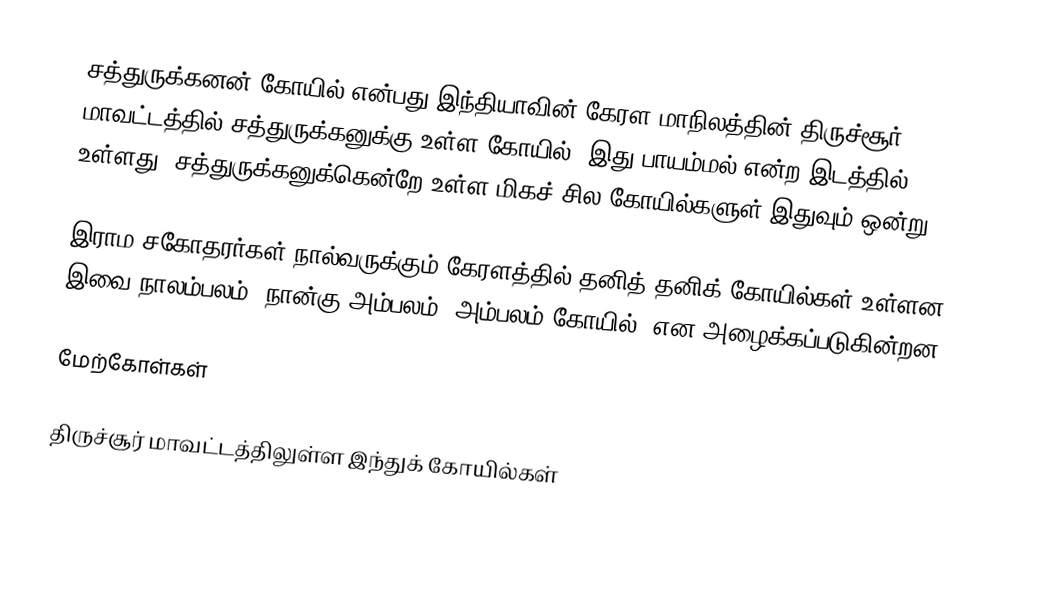
சத்துருக்கனன் கோயில் என்பது இந்தியாவின் கேரள மாநிலத்தின் திருச்சூர் மாவட்டத்தில் சத்துருக்கனுக்கு உள்ள கோயில். இது பாயம்மல் என்ற இடத்தில் உள்ளது. சத்துருக்கனுக்கென்றே உள்ள மிகச் சில கோயில்களுள் இதுவும் ஒன்று.

இராம சகோதரர்கள் நால்வருக்கும் கேரளத்தில் தனித் தனிக் கோயில்கள் உள்ளன. இவை நாலம்பலம் (நான்கு+அம்பலம், அம்பலம்=கோயில்) என அழைக்கப்படுகின்றன.

மேற்கோள்கள்

திருச்சூர் மாவட்டத்திலுள்ள இந்துக் கோயில்கள்